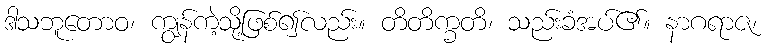
ဒါသဘူတောဝ၊ ကျွန်ကဲ့သို့ဖြစ်၍လည်း။ တိတိက္ခတိ၊ သည်းခံအပ်၏။ နာဂရာဇ၊